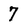
Character: 7